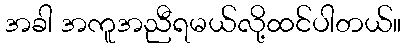
အခါ အကူအညီရမယ်လို့ထင်ပါတယ်။